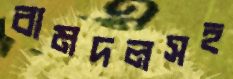
বামদলসহ